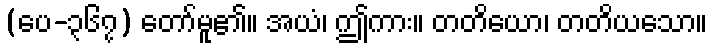
(ပေ-၃၆၇) တော်မူ၏။ အယံ၊ ဤကား။ တတိယော၊ တတိယသော။